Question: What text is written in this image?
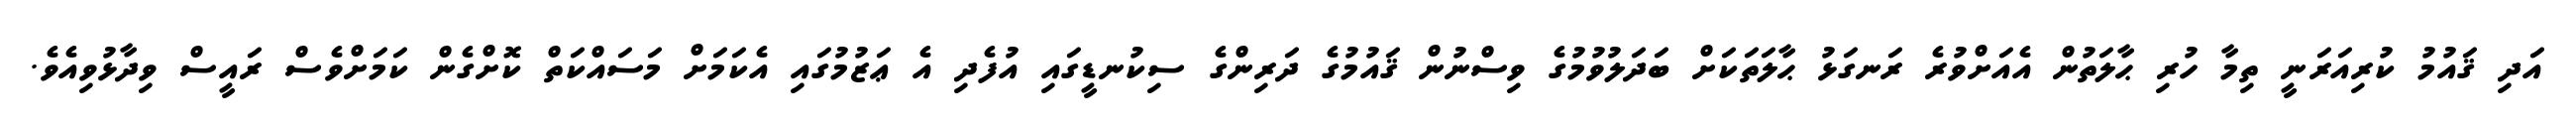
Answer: އަދި ޤައުމު ކުރިއަރަނީ ތިމާ ހުރި ޙާލަތުން އެއަށްވުރެ ރަނގަޅު ޙާލަތަކަށް ބަދަލުވުމުގެ ވިސްނުން ޤައުމުގެ ދަރިންގެ ސިކުނޑީގައި އުފެދި އެ ޢަޒުމުގައި އެކަމަށް މަސައްކަތް ކޮށްގެން ކަމަށްވެސް ރައީސް ވިދާޅުވިއެވެ.